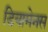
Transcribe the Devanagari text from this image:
डियामेनस